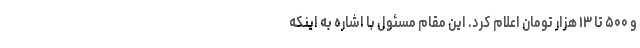
و ۵۰۰ تا ۱۳ هزار تومان اعلام کرد. این مقام مسئول با اشاره به اینکه